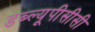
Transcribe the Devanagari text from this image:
डब्ल्यूपीसीसी